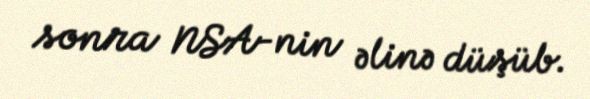
sonra NSA-nin əlinə düşüb.